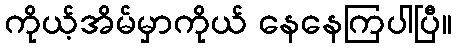
ကိုယ့်အိမ်မှာကိုယ် နေနေကြပါပြီ။